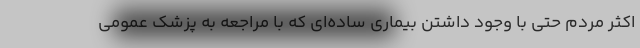
اکثر مردم حتی با وجود داشتن بیماری ساده‌ای که با مراجعه به پزشک عمومی